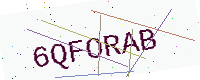
Text: 6QFORAB